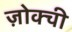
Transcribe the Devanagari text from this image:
ज़ोक्ची